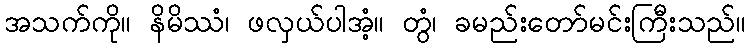
အသက်ကို။ နိမိဿံ၊ ဖလှယ်ပါအံ့။ တွံ၊ ခမည်းတော်မင်းကြီးသည်။